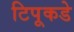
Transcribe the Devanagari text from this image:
टिपूकडे